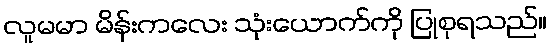
လူမမာ မိန်းကလေး သုံးယောက်ကို ပြုစုရသည်။